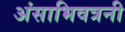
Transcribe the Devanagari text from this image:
अंसाभिवत्रनी